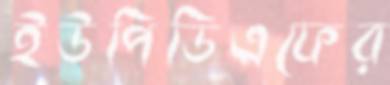
ইউপিডিএফের